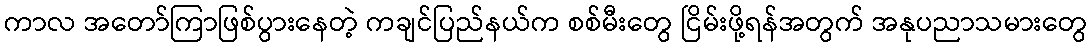
ကာလ အတော်ကြာဖြစ်ပွားနေတဲ့ ကချင်ပြည်နယ်က စစ်မီးတွေ ငြိမ်းဖို့ရန်အတွက် အနုပညာသမားတွေ